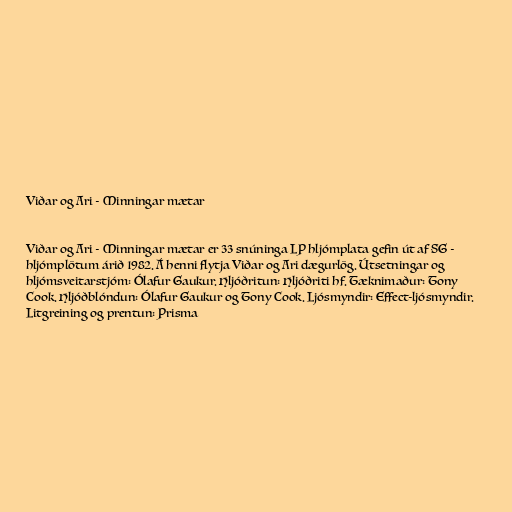
Viðar og Ari - Minningar mætar

Viðar og Ari - Minningar mætar er 33 snúninga LP hljómplata gefin út af SG -
hljómplötum árið 1982. Á henni flytja Viðar og Ari dægurlög. Útsetningar og
hljómsveitarstjóm: Ólafur Gaukur. Hljóðritun: Hljóðriti hf. Tæknimaður: Tony
Cook. Hljóðblóndun: Ólafur Gaukur og Tony Cook. Ljósmyndir: Effect-ljósmyndir.
Litgreining og prentun: Prisma